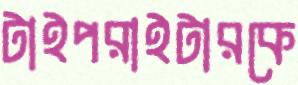
টাইপরাইটারকে